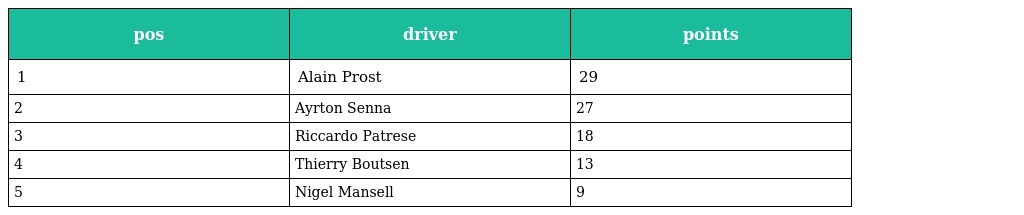
| pos | driver | points |
 | --- | --- | --- |
 | 1 | Alain Prost | 29 |
 | 2 | Ayrton Senna | 27 |
 | 3 | Riccardo Patrese | 18 |
 | 4 | Thierry Boutsen | 13 |
 | 5 | Nigel Mansell | 9 |